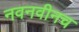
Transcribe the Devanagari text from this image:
नवनवीनच